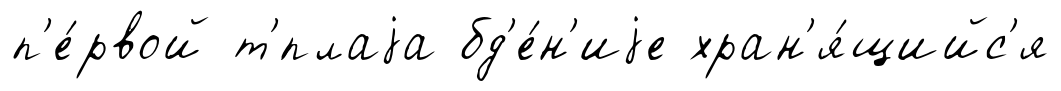
п'е́рвой т'́плаjа бд'е́н'иjе хран'я́щийс'я